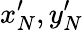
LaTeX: x_{N}^{\prime},y_{N}^{\prime}